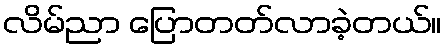
လိမ်ညာ ပြောတတ်လာခဲ့တယ်။